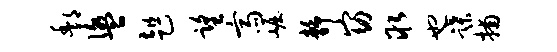
酆盥趄望斋崛静窈取也蹀捕